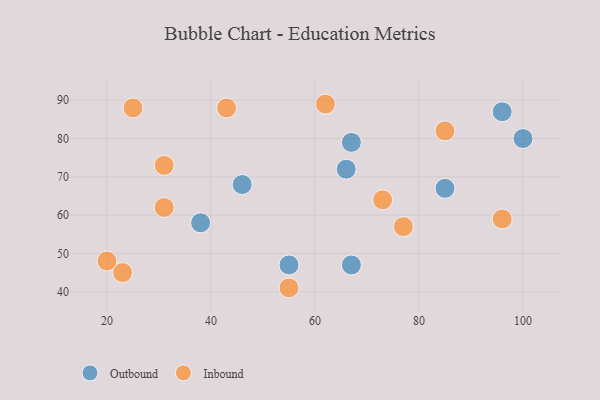
{"axis": {"x": "GDP", "y": "Life Expectancy"}, "legend": ["Inbound", "Outbound"], "data": [{"x": "100", "y": 80, "type": "Outbound"}, {"x": "38", "y": 58, "type": "Outbound"}, {"x": "46", "y": 68, "type": "Outbound"}, {"x": "85", "y": 67, "type": "Outbound"}, {"x": "96", "y": 87, "type": "Outbound"}, {"x": "55", "y": 47, "type": "Outbound"}, {"x": "67", "y": 79, "type": "Outbound"}, {"x": "66", "y": 72, "type": "Outbound"}, {"x": "67", "y": 47, "type": "Outbound"}, {"x": "55", "y": 41, "type": "Inbound"}, {"x": "77", "y": 57, "type": "Inbound"}, {"x": "96", "y": 59, "type": "Inbound"}, {"x": "62", "y": 89, "type": "Inbound"}, {"x": "31", "y": 62, "type": "Inbound"}, {"x": "43", "y": 88, "type": "Inbound"}, {"x": "85", "y": 82, "type": "Inbound"}, {"x": "31", "y": 73, "type": "Inbound"}, {"x": "25", "y": 88, "type": "Inbound"}, {"x": "20", "y": 48, "type": "Inbound"}, {"x": "73", "y": 64, "type": "Inbound"}, {"x": "23", "y": 45, "type": "Inbound"}]}